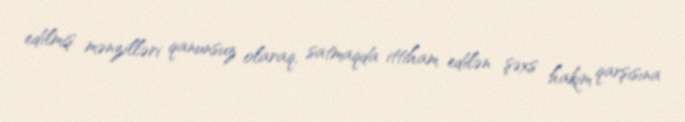
edilmiş mənzilləri qanunsuz olaraq, satmaqda ittiham edilən şəxs hakim qarşısına